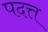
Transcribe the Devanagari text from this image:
पदत्त